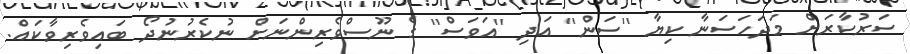
ސަރުކާރަށް މަދަހަސަނާ ކިޔާ ''ސަން'' އަދި ''އަވަސް'' ގެ ނޫސްވެރިންނަށް ނުކެރުނުދޯ ބައިވެރިވާކައް.